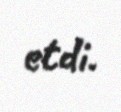
etdi.